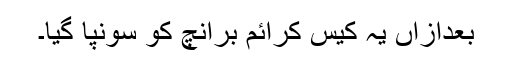
بعدازاں یہ کیس کرائم برانچ کو سونپا گیا۔